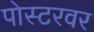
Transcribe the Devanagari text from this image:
पोस्टरवर